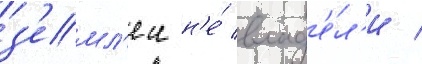
з'емл'еи н'е́ влад'е́л'и /